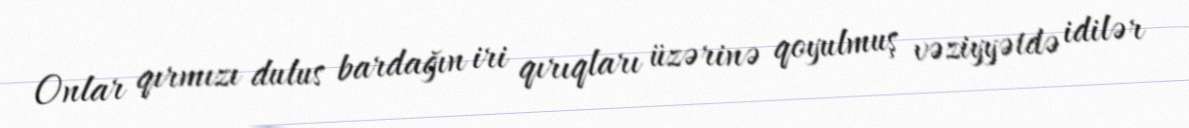
Onlar qırmızı dulus bardağın iri qırıqları üzərinə qoyulmuş vəziyyətdə idilər